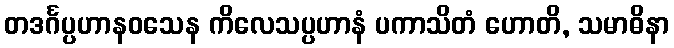
တဒင်္ဂပ္ပဟာနဝသေန ကိလေသပ္ပဟာနံ ပကာသိတံ ဟောတိ, သမာဓိနာ